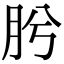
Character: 肹